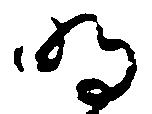
明